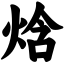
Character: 焓